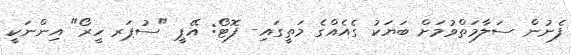
ފެނުން ސަލާމަތްވުމަށް ބަޔަކު ގެއެއްގެ މަތީގައި- ފޮޓޯ: އޭޕީ "ސުޕަރ ހީރޯ" އިންނަކީ